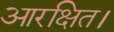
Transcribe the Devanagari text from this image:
आरक्षित।